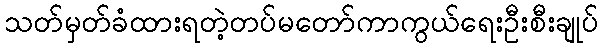
သတ်မှတ်ခံထားရတဲ့တပ်မတော်ကာကွယ်ရေးဦးစီးချုပ်